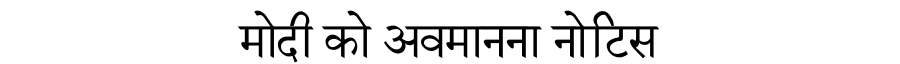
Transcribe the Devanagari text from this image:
मोदी को अवमानना नोटिस